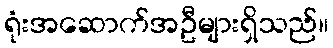
ရုံးအဆောက်အဦများရှိသည်။